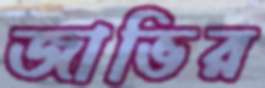
জাভির